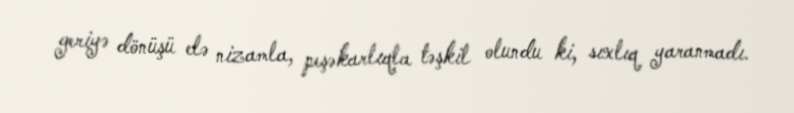
geriyə dönüşü elə nizamla, peşəkarlıqla təşkil olundu ki, sıxlıq yaranmadı.